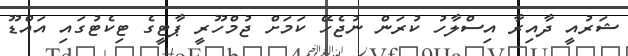
ޝަރުއީ ދާއިރާ އިސްލާހު ކުރަން ނުޖެހޭ ކަމަށް ޖުމްހޫރީ ޕާޓީގެ ޓިކެޓުގައި އައްޑޫ